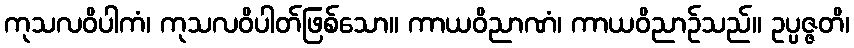
ကုသလဝိပါကံ၊ ကုသလဝိပါတ်ဖြစ်သော။ ကာယဝိညာဏံ၊ ကာယဝိညာဉ်သည်။ ဥပ္ပဇ္ဇတိ၊